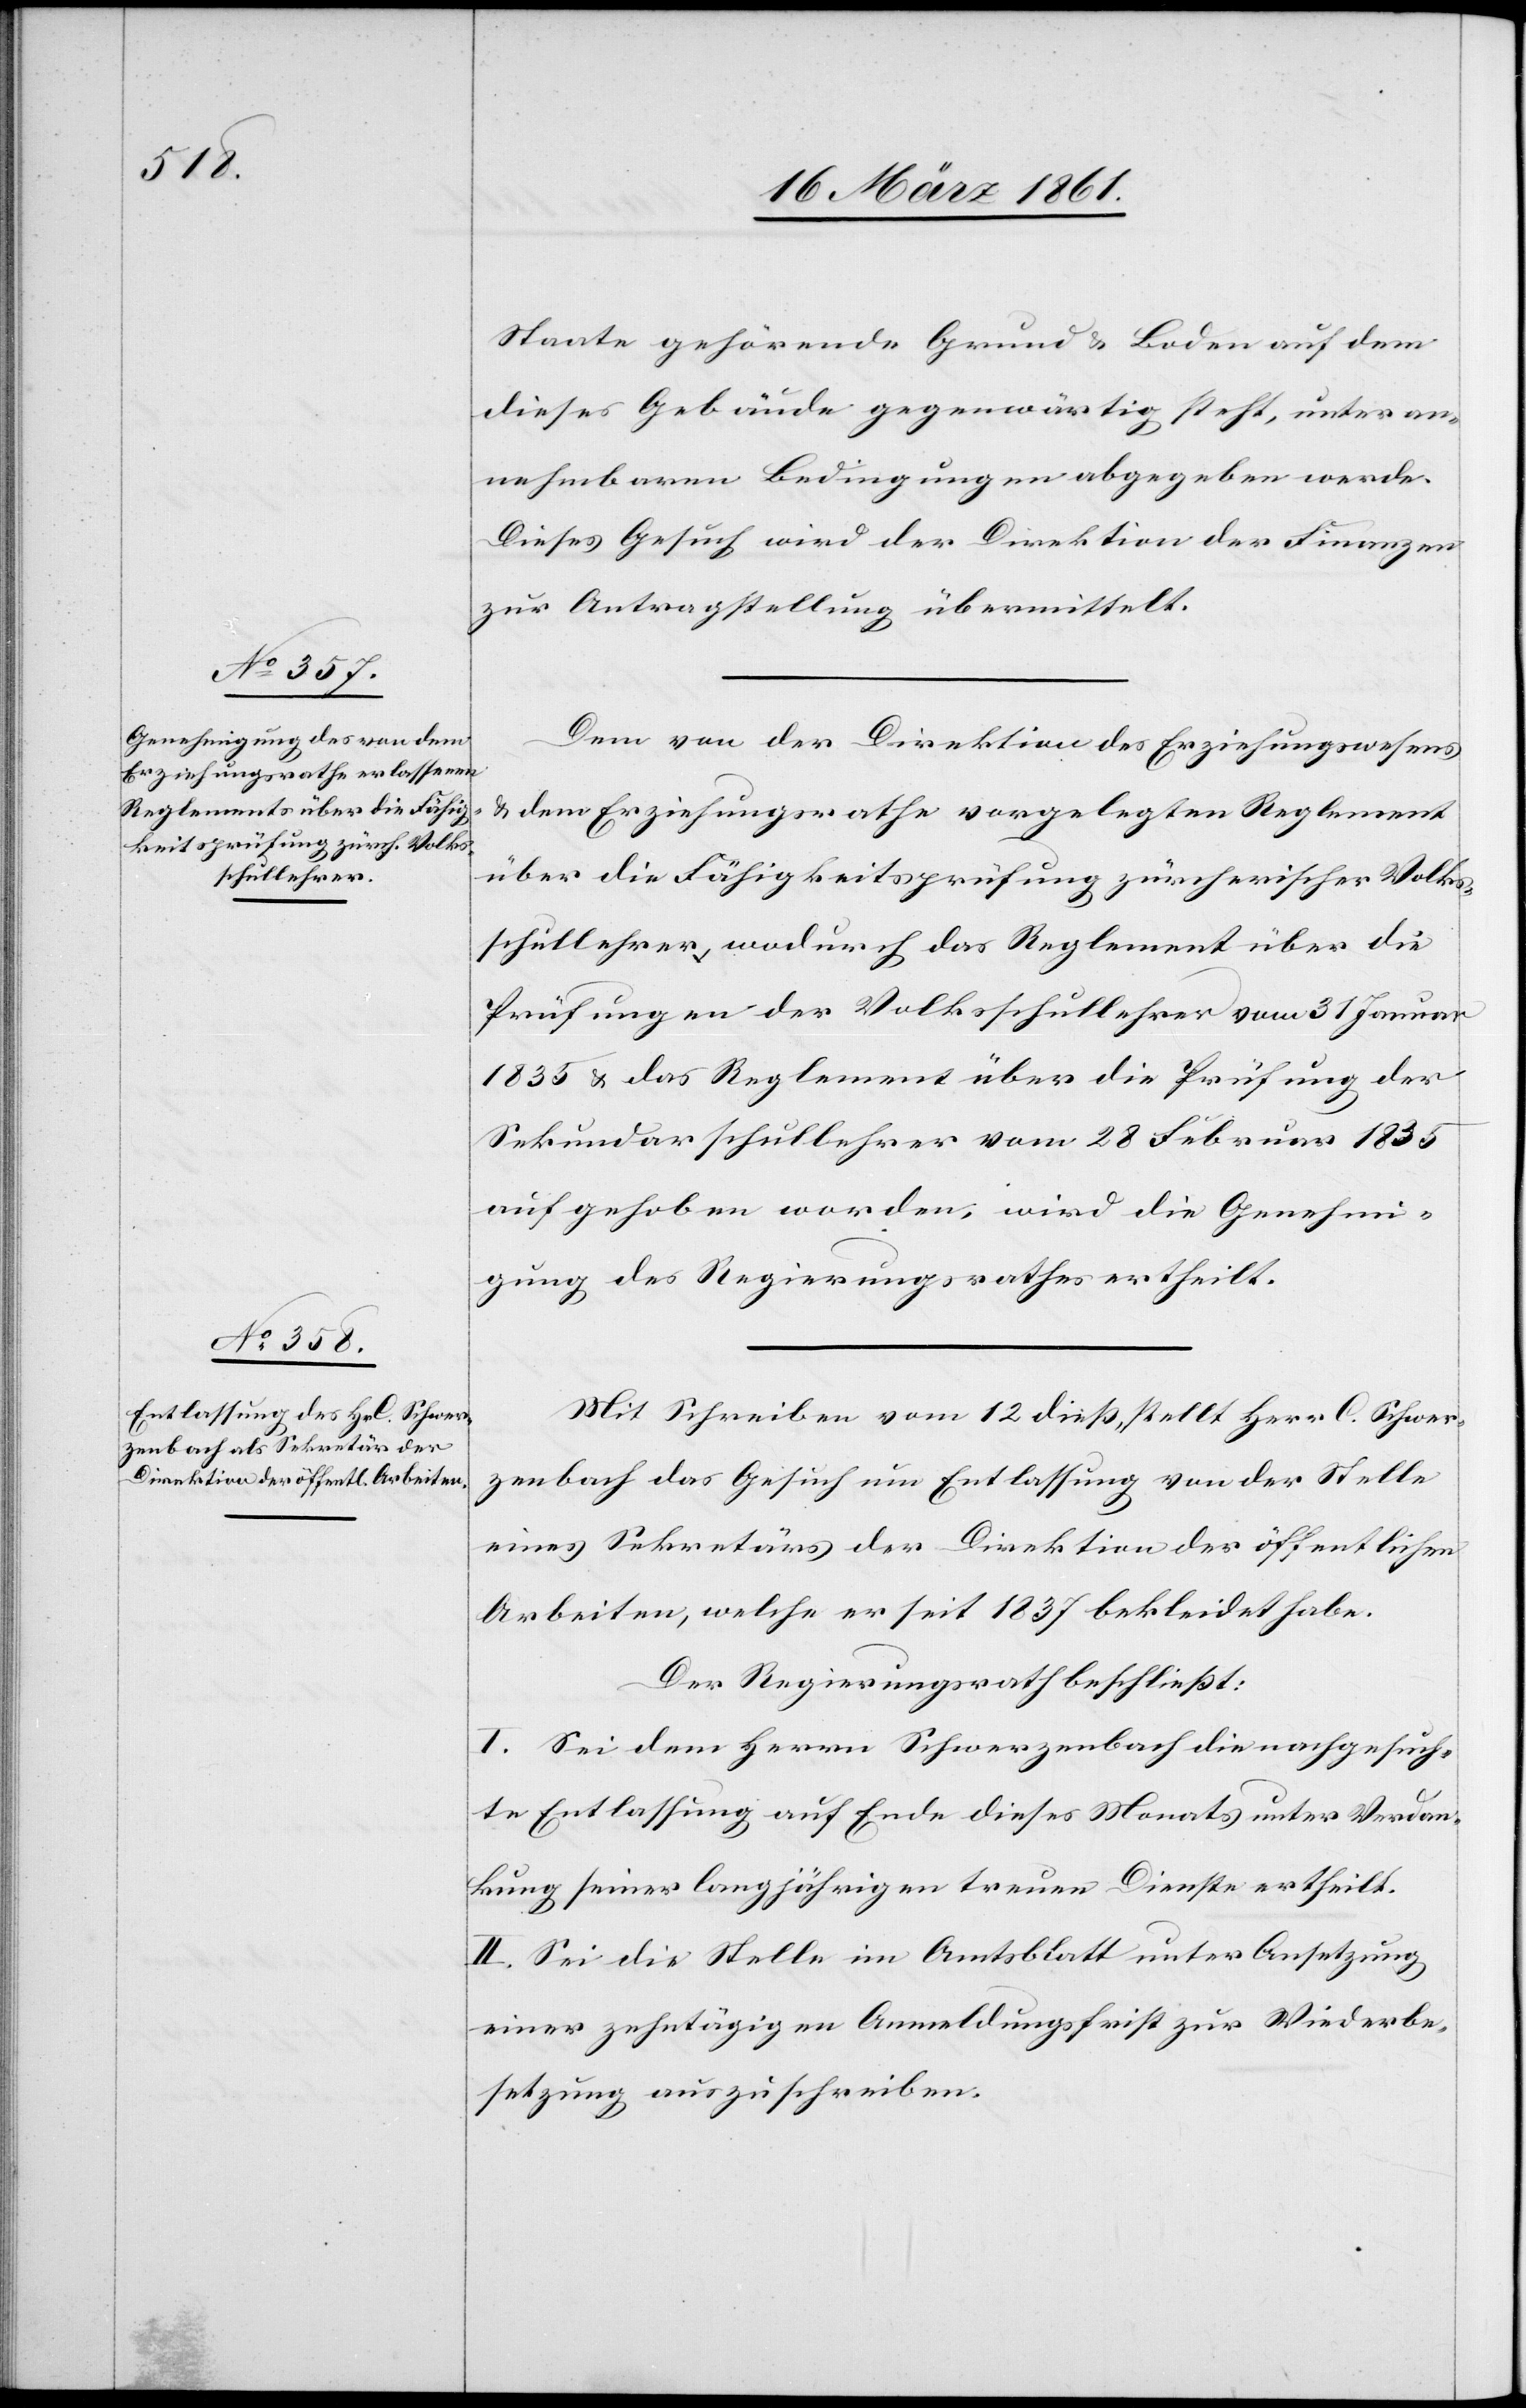
Staate gehörende Grund u. Boden auf dem
dieses Gebäude gegenwärtig steht, unter an¬
nehmbaren Bedingungen abgegeben werde.
Dieses Gesuch wird der Direktion der Finanzen
zur Antragstellung übermittelt.
Dem von der Direktion des Erziehungswesens
u. dem Erziehungsrathe vorgelegten Reglement
über die Fähigkeitsprüfung zürcherischer Volks¬
schullehrer, wodurch das Reglement über die
Prüfungen der Volksschullehrer vom 31. Januar
1835 u. das Reglement über die Prüfung der
Sekundarschullehrer vom 28. Februar 1835
aufgehoben worden, wird die Genehmi¬
gung des Regierungsrathe ertheilt.
Mit Schreiben vom 12. diess stellt Herr C. Schwer¬
zenbach das Gesuch um Entlassung von der Stelle
eines Sekretärs der Direktion der öffentlichen
Arbeiten, welche er seit 1837 bekleidet habe.
Der Regierungsrath beschliesst:
I. Sei dem Herrn Schwerzenbach die nachgesuch¬
te Entlassung auf Ende dieses Monats unter Verdan¬
kung seiner längjährigen treuen Dienste ertheilt.
II. Sei die Stelle im Amtsblatt unter Ansetzung
einer zehntätigen Anmeldungsfrist zur Wiederbe¬
setzung auszuschreiben.